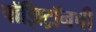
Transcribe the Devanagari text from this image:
पॉझिट्रॉनची